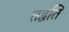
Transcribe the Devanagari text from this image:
तद्वति